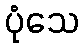
ပုံသေ